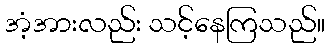
အံ့အားလည်း သင့်နေကြသည်။